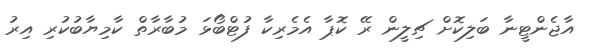
އާޖެންޓީނާ ބަލިކޮށް ޗިލީން ރޭ ކޮޕާ އެމެރިކާ ފުޓްބޯޅަ މުބާރާތް ކާމިޔާބުކުރި އިރު